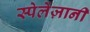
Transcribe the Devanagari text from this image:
स्पेलेंज़ानी